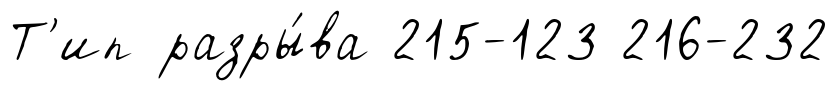
Т'ип разры́ва 215-123 216-232